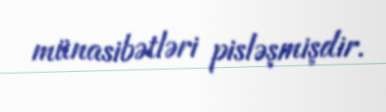
münasibətləri pisləşmişdir.